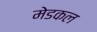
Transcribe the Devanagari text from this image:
मेडकल